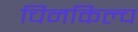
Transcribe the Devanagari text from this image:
चिनकिल्च